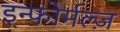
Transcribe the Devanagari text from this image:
इन्फोर्मल्ज़